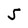
Character: 5